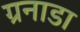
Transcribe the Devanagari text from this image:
ग्रनाडा